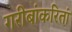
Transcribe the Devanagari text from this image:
गरीबांकरितां